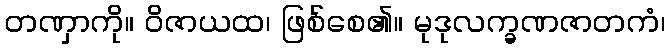
တဏှာကို။ ဝိဇာယထ၊ ဖြစ်စေ၏။ မုဒုလက္ခဏဇာတကံ၊